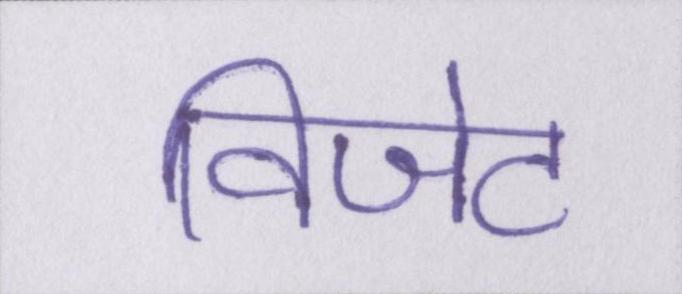
विजेट